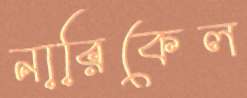
নারিকেল